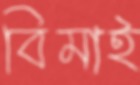
বিমাই